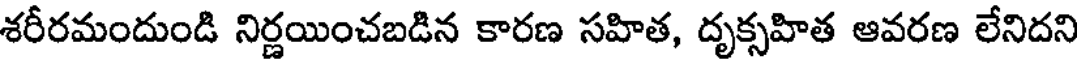
శరీరమందుండి నిర్ణయించబడిన కారణ సహిత, దృక్సహిత ఆవరణ లేనిదని